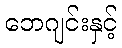
ဘေဂျင်းနှင့်